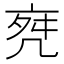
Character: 𠅞